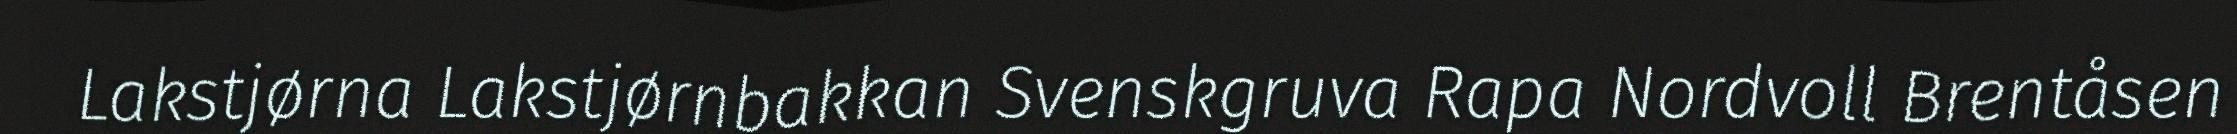
Lakstjørna Lakstjørnbakkan Svenskgruva Rapa Nordvoll Brentåsen